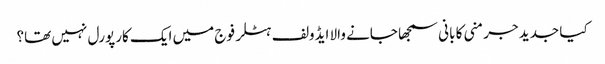
کیا جدید جرمنی کا بانی سمجھا جانے والا ایڈولف ہٹلر فوج میں ایک کارپورل نہیں تھا؟